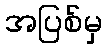
အပြစ်မှ